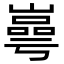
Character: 㠋